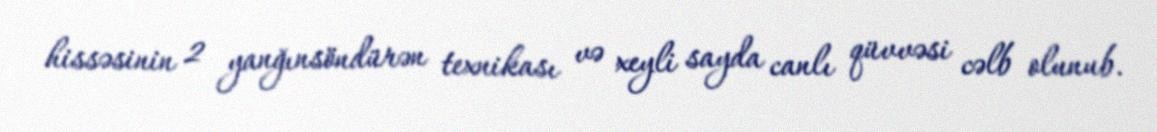
hissəsinin 2 yanğınsöndürən texnikası və xeyli sayda canlı qüvvəsi cəlb olunub.